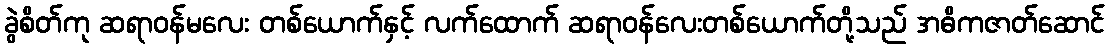
ခွဲစိတ်ကု ဆရာဝန်မလေး တစ်ယောက်နှင့် လက်ထောက် ဆရာဝန်လေးတစ်ယောက်တို့သည် အဓိကဇာတ်ဆောင်